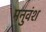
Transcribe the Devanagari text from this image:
मनुवंश